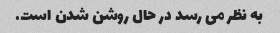
به نظر می رسد در حال روشن شدن است.